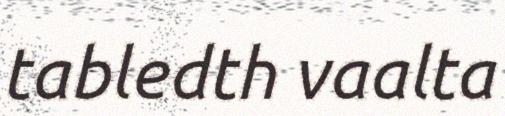
tabledth vaalta